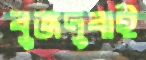
বুর্জদুবাই